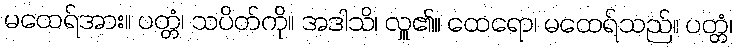
မထေရ်အား။ ပတ္တံ၊ သပိတ်ကို။ အဒါသိ၊ လှူ၏။ ထေရော၊ မထေရ်သည်။ ပတ္တံ၊